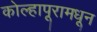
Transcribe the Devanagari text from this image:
कोल्हापूरामधून